Vaccination in Bombay 1924-1928 - 1924-1928
Year: 1924
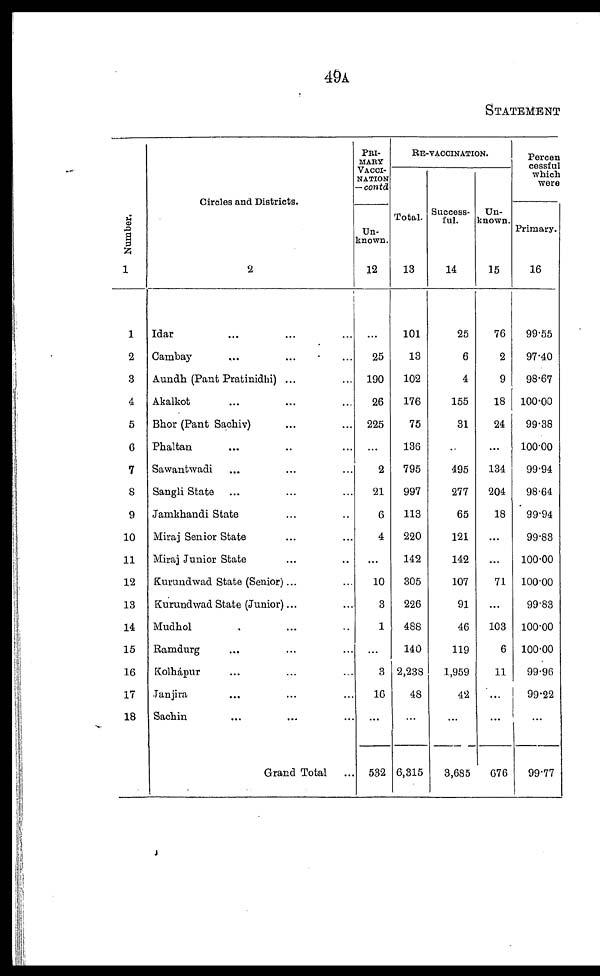
49A
STATEMENT
Number.
1
1
2
3
4
5
6
7
8
9
10
11
12
13
14
15
16
17
18
Circles and Districts.
2
Idar ... ... ...
Cambay ... ... ...
Aundh (Pant Pratinidhi) ... ...
Akalkot ... ... ...
Bhor (Pant Sachiv) ... ...
Phaltan ... ... ...
Sawantwadi ... ... ...
Sangli State ... ... ...
Jamkhandi State ... ...
Miraj Senior State ... ...
Miraj Junior State ... ...
Kurundwad State (Senior)...
Kurundwad State (Junior)...
Mudhol ... ...
Ramdurg ... ... ...
Kolhápur ... ... ...
Tanjira ... ... ...
Sachin ... ... ...
Grand Total ...
PRI-
----
VACCI¬
NATION
— contd
Un-
known.
12
...
25
190
26
225
...
2
21
6
4
...
10
3
1
...
3
16
...
532
RE-VACCINATION.
Total.
13
101
13
102
176
75
136
795
997
113
220
142
305
226
488
140
2,238
48
...
6,315
Success-
ful.
14
25
6
4
155
31
...
495
277
65
121
142
107
91
46
119
1,959
42
...
3,685
Un-
known.
15
76
2
9
18
24
...
134
204
18
...
...
71
...
103
6
11
...
...
676
Percen
cessful
which
were
Primary.
16
99.55
97.40
98.67
100.00
99.38
100.00
99.94
98.64
99.94
99.83
100.00
100.00
99.83
100.00
100.00
99.96
99.22
...
99.77